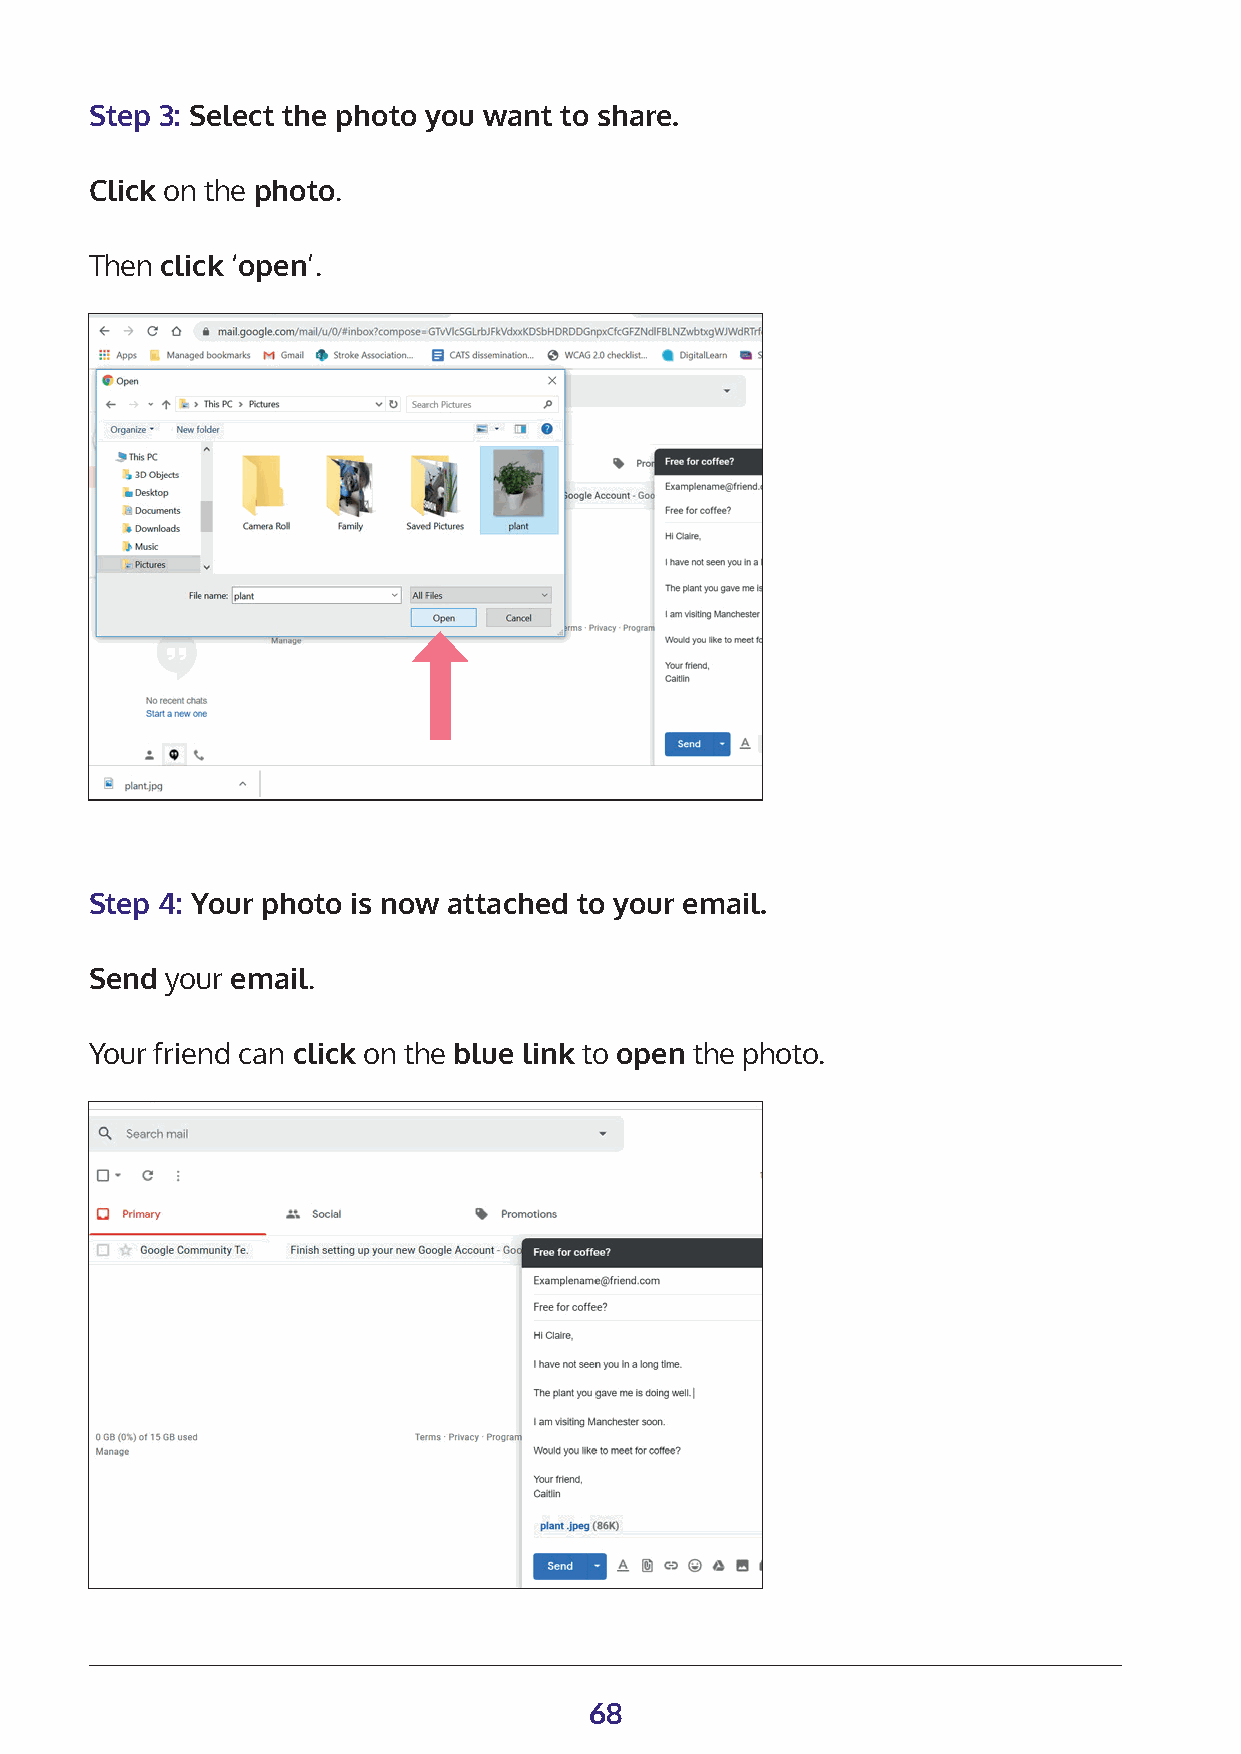
Step 3: Select the photo you want to share.
 Click on the photo.
 Then click ‘open’.
 Step 4: Your photo is now attached to your email.
 Send your email.
 Your friend can click on the blue link to open the photo.
 68